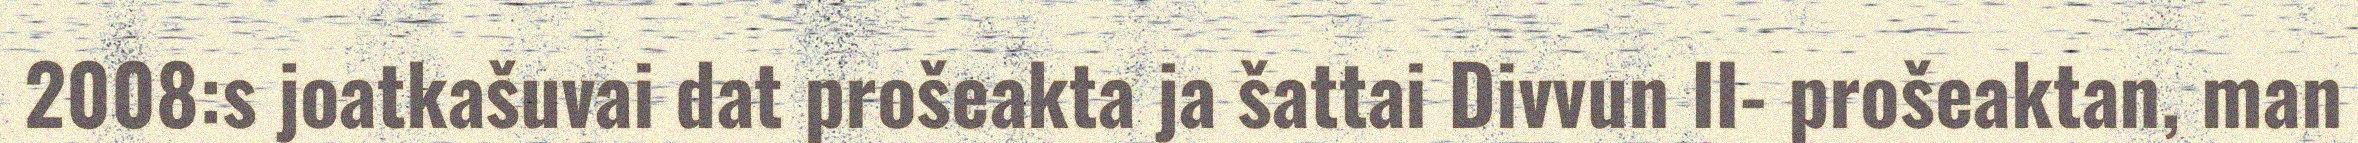
2008:s joatkašuvai dat prošeakta ja šattai Divvun II- prošeaktan, man